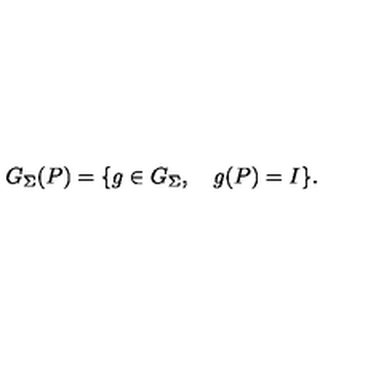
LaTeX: G _ { \Sigma } ( P ) = \{ g \in G _ { \Sigma } , \quad g ( P ) = I \} .